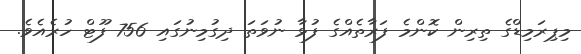
މިޕިރަމިޑްގެ ތިރިން ކޮންމެ ފަރާތެއްގެ ފުޅާ ނުވަތަ ދިގުމިނުގައި 756 ފޫޓް ހުރެއެވެ.